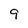
Character: 9